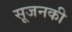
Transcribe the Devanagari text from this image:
सूजनकी